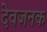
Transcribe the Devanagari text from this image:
देवजनक